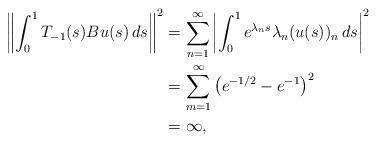
LaTeX: \begin{align*}\left\|\int_0^1 T_{-1}(s)Bu(s)\,ds\right\|^{2} & = \sum_{n=1}^\infty \left|\int_0^1 e^{\lambda_n s} \lambda_n (u(s))_n\, ds \right|^2\\&= \sum_{m=1}^\infty \left( e^{-1/2}-e^{-1}\right)^2 \\&=\infty,\end{align*}